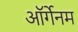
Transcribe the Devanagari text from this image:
ऑर्गेनम